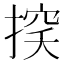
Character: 𢰃